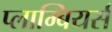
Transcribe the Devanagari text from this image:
प्लाम्बियर्स